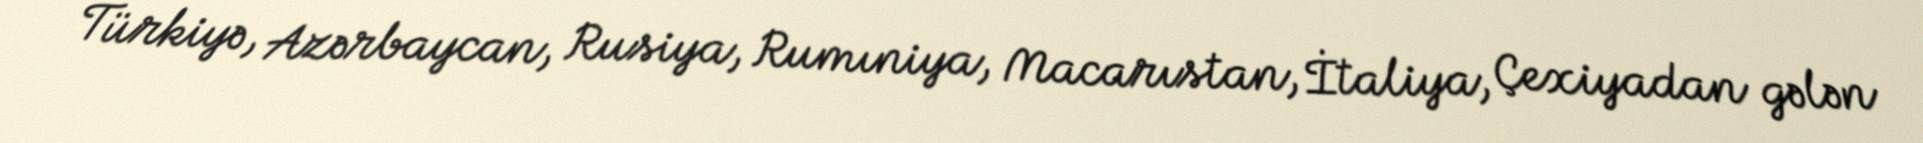
Türkiyə, Azərbaycan, Rusiya, Rumıniya, Macarıstan, İtaliya, Çexiyadan gələn